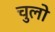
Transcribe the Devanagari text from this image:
चुलो